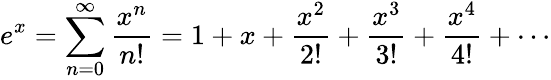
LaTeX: e^{x}=\sum_{n=0}^{\infty}{\frac{x^{n}}{n!}}=1+x+{\frac{x^{2}}{2!}}+{\frac{x^{3}}{3!}}+{\frac{x^{4}}{4!}}+\cdots